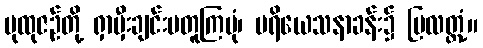
ပုထုဇဉ်တို့ ရှာမှီးချင်းမတူကြပုံ၊ ပရိယေသနာခန်း၌ ပြလတ္တံ့။